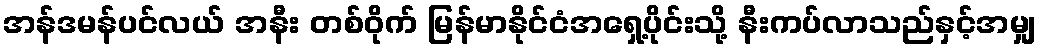
အန်ဒမန်ပင်လယ် အနီး တစ်ဝိုက် မြန်မာနိုင်ငံအရှေ့ပိုင်းသို့ နီးကပ်လာသည်နှင့်အမျှ